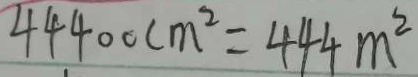
4 4 4 0 0 c m ^ { 2 } = 4 4 4 m ^ { 2 }